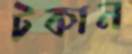
টকান